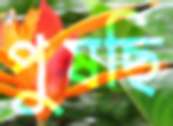
পুষছি